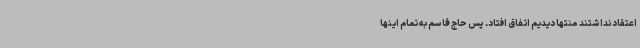
اعتقاد نداشتند منتها دیدیم اتفاق افتاد. پس حاج قاسم به تمام اینها